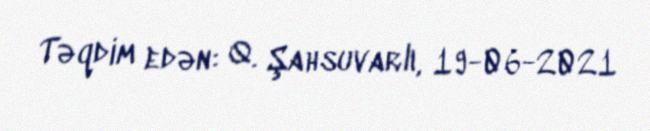
Təqdim edən: Q. Şahsuvarlı, 19-06-2021